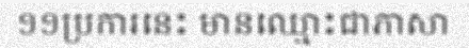
១១ប្រការនេះ មានឈ្មោះជាភាសា